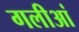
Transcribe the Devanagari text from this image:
गलीआं